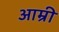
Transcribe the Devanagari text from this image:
आम्री